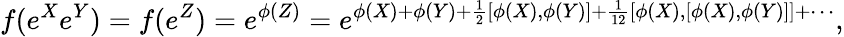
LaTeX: f(e^{X}e^{Y})=f(e^{Z})=e^{\phi(Z)}=e^{\phi(X)+\phi(Y)+{\frac{1}{2}}[\phi(X),\phi(Y)]+{\frac{1}{12}}[\phi(X),[\phi(X),\phi(Y)]]+\cdots},